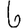
Digit: 6